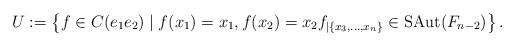
LaTeX: \begin{align*}U:=\left\{f\in C(e_{1}e_{2})\mid f(x_{1})=x_{1}, f(x_{2})=x_{2} f_{|\left\{x_{3},\ldots, x_{n}\right\}}\in{\rm SAut}(F_{n-2})\right\}.\end{align*}